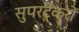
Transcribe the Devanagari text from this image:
सुपरटैंकरों